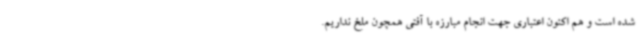
شده است و هم اکنون اعتباری جهت انجام مبارزه با آفتی همچون ملخ نداریم.